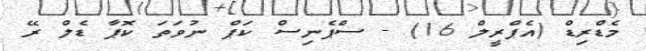
މެޑްރިޑް (އެޕްރީލް 16) - ސްޕެނިސް ކަޕް ނުވަތަ ކޮޕާ ޑެލް ރޭ